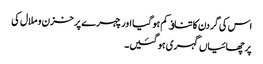
اس کی گردن کا تناﺅ کم ہو گیا اور چہرے پر خزن و ملال کی
پرچھائیاں گہری ہو گئیں۔